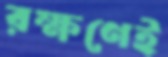
রক্ষণেই